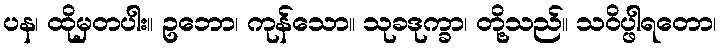
ပန၊ ထိုမှတပါး။ ဥဘော၊ ကုန်သော။ သုခဒုက္ခာ၊ တို့သည်။ သဝိပ္ဖါရတော၊